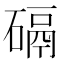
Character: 䃒